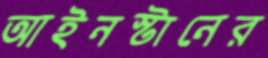
আইনস্টানের